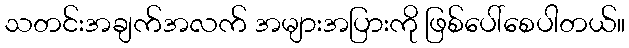
သတင်းအချက်အလက် အများအပြားကို ဖြစ်ပေါ်စေပါတယ်။